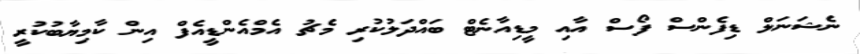
ނެޝަނަލް ޑިފެންސް ފޯސް އާއި މީޑިއާނެޓް ބައްދަލުކުރި މެޗު އެމްއެންޑީއެފް އިން ކާމިޔާބުކުރީ